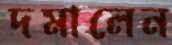
দমালেন